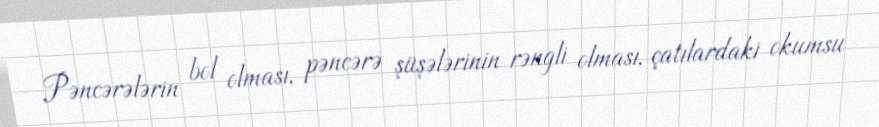
Pəncərələrin bol olması, pəncərə şüşələrinin rəngli olması, çatılardaki okumsu